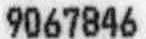
9067846